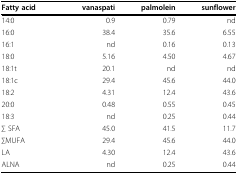
| Fatty acid | vanaspati | palmolein | sunflower |
 | --- | --- | --- | --- |
 | 14:0 | 0.9 | 0.79 | nd |
 | 16:0 | 38.4 | 35.6 | 6.55 |
 | 16:1 | nd | 0.16 | 0.13 |
 | 18:0 | 5.16 | 4.50 | 4.67 |
 | 18:1t | 20.1 | nd | nd |
 | 18:1c | 29.4 | 45.6 | 44.0 |
 | 18:2 | 4.31 | 12.4 | 43.6 |
 | 20:0 | 0.48 | 0.55 | 0.45 |
 | 18:3 | nd | 0.25 | 0.44 |
 | ∑ SFA | 45.0 | 41.5 | 11.7 |
 | ∑MUFA | 29.4 | 45.6 | 44.0 |
 | LA | 4.30 | 12.4 | 43.6 |
 | ALNA | nd | 0.25 | 0.44 |